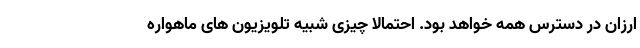
ارزان در دسترس همه خواهد بود. احتمالا چیزی شبیه تلویزیون های ماهواره